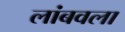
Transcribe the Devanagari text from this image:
लांबवला